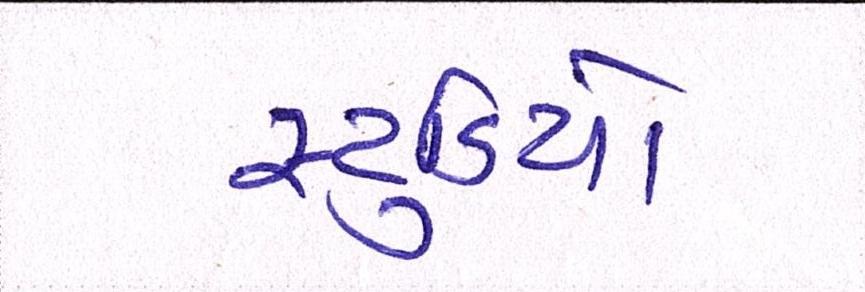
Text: સ્ટુડિયો